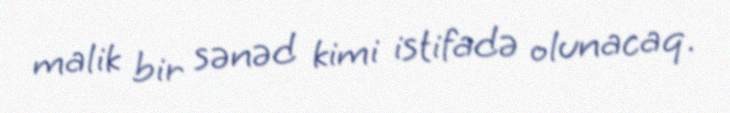
malik bir sənəd kimi istifadə olunacaq.